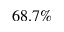
6 8 . 7 \%